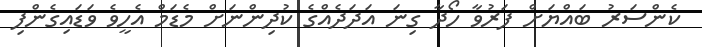
ކެންސަރު ބައްޔަށް ފަރުވާ ހޯދާ ގިނަ އަދަދެއްގެ ކުދިންނަށް މެޑަމް އެހީވެ ވަޑައިގެންފި